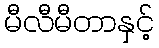
မီလီမီတာနှင့်